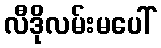
လီဒိုလမ်းမပေါ်